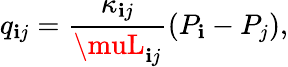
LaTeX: q_{\mathbf{i}j}=\frac{{\kappa_{\mathbf{i}j}}}{{\muL_{\mathbf{i}j}}}(P_{\mathbf{i}}-P_{j}),